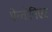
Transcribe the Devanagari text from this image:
ऐन्तोनिएट